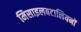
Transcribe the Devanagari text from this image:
मिसाइलबटालियनों